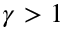
\gamma > 1